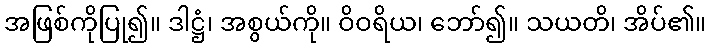
အဖြစ်ကိုပြု၍။ ဒါဋ္ဌံ၊ အစွယ်ကို။ ဝိဝရိယ၊ ဘော်၍။ သယတိ၊ အိပ်၏။